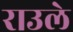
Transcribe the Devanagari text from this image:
राउले